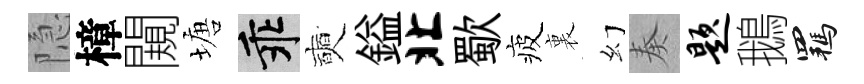
隐樟闚塘乖奭鎰北歜疲裏幻奏题鵝羈